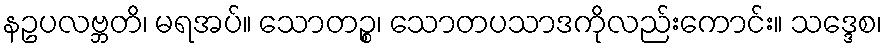
နဥပလဗ္ဘတိ၊ မရအပ်။ သောတဉ္စ၊ သောတပသာဒကိုလည်းကောင်း။ သဒ္ဒေစ၊